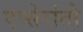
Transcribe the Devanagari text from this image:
एप्सेरांतो